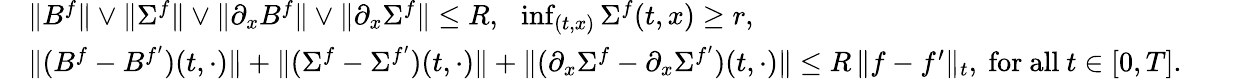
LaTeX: \begin{array}{rlr}&{\| B^{f}\| \vee\| \Sigma^{f}\| \vee\| \partial_{x}B^{f}\| \vee\| \partial_{x}\Sigma^{f}\| \le R,~~\operatorname*{inf}_{(t,x)}\Sigma^{f}(t,x)\ge r,}&\\ &{\| (B^{f}-B^{f^{\prime}})(t,\cdot)\| +\| (\Sigma^{f}-\Sigma^{f^{\prime}})(t,\cdot)\| +\| (\partial_{x}\Sigma^{f}-\partial_{x}\Sigma^{f^{\prime}})(t,\cdot)\| \le R\, \| f-f^{\prime}\| _{t},~\mathrm{for~all}~t\in[0,T].~~~}&\end{array}